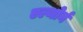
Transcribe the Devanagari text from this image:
एल्थोर्न